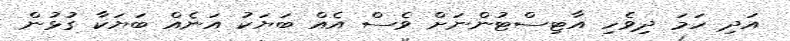
އަދި ހަމަ ދިވެހި އާޓިސްޓުންނަށް ވެސް އެއް ބަޔަކު އަނެއް ބަޔަކާ ގުޅުން